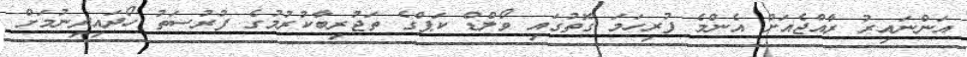
އަންނައިރު ރާއްޖެއަށް އެންމެ ފުރިހަމަ ގޮތުގައި ވޯލްޑް ކަޕްގެ ތަޖުރިބާކުރުމުގެ ފުރުސަތު ހޯދައިދިނުމަށް